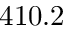
4 1 0 . 2